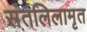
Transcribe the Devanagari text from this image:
संतलिलामृत